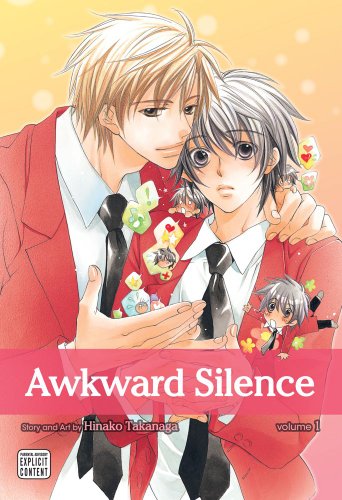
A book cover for Awkward Silence, Vol. 1 (Yaoi Manga); Hinako Takanaga; Comics & Graphic Novels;